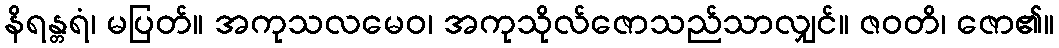
နိရန္တရံ၊ မပြတ်။ အကုသလမေဝ၊ အကုသိုလ်ဇောသည်သာလျှင်။ ဇဝတိ၊ ဇော၏။